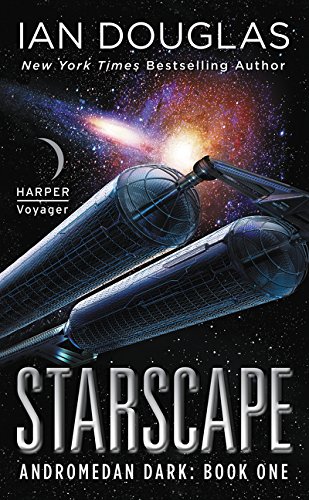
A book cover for Starscape: Andromedan Dark: Book One; Ian Douglas; Science Fiction & Fantasy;